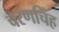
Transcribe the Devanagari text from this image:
चरणचिंह